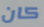
كان